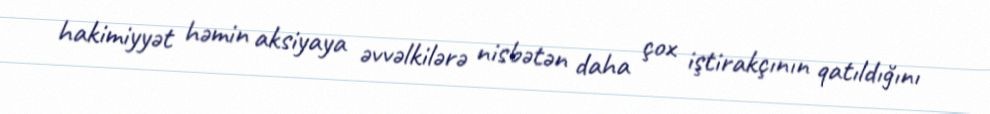
hakimiyyət həmin aksiyaya əvvəlkilərə nisbətən daha çox iştirakçının qatıldığını